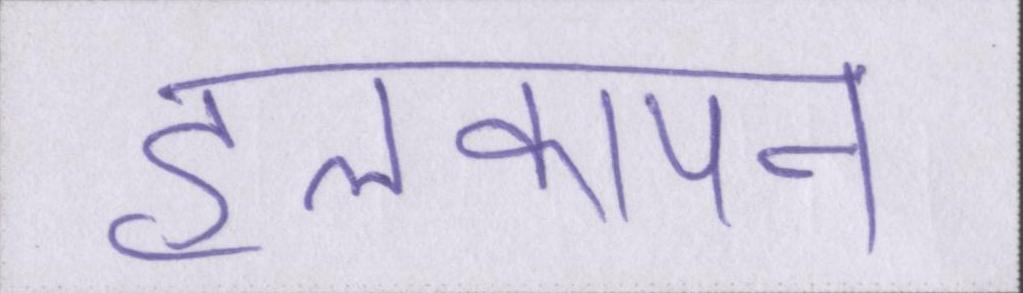
हलकापन